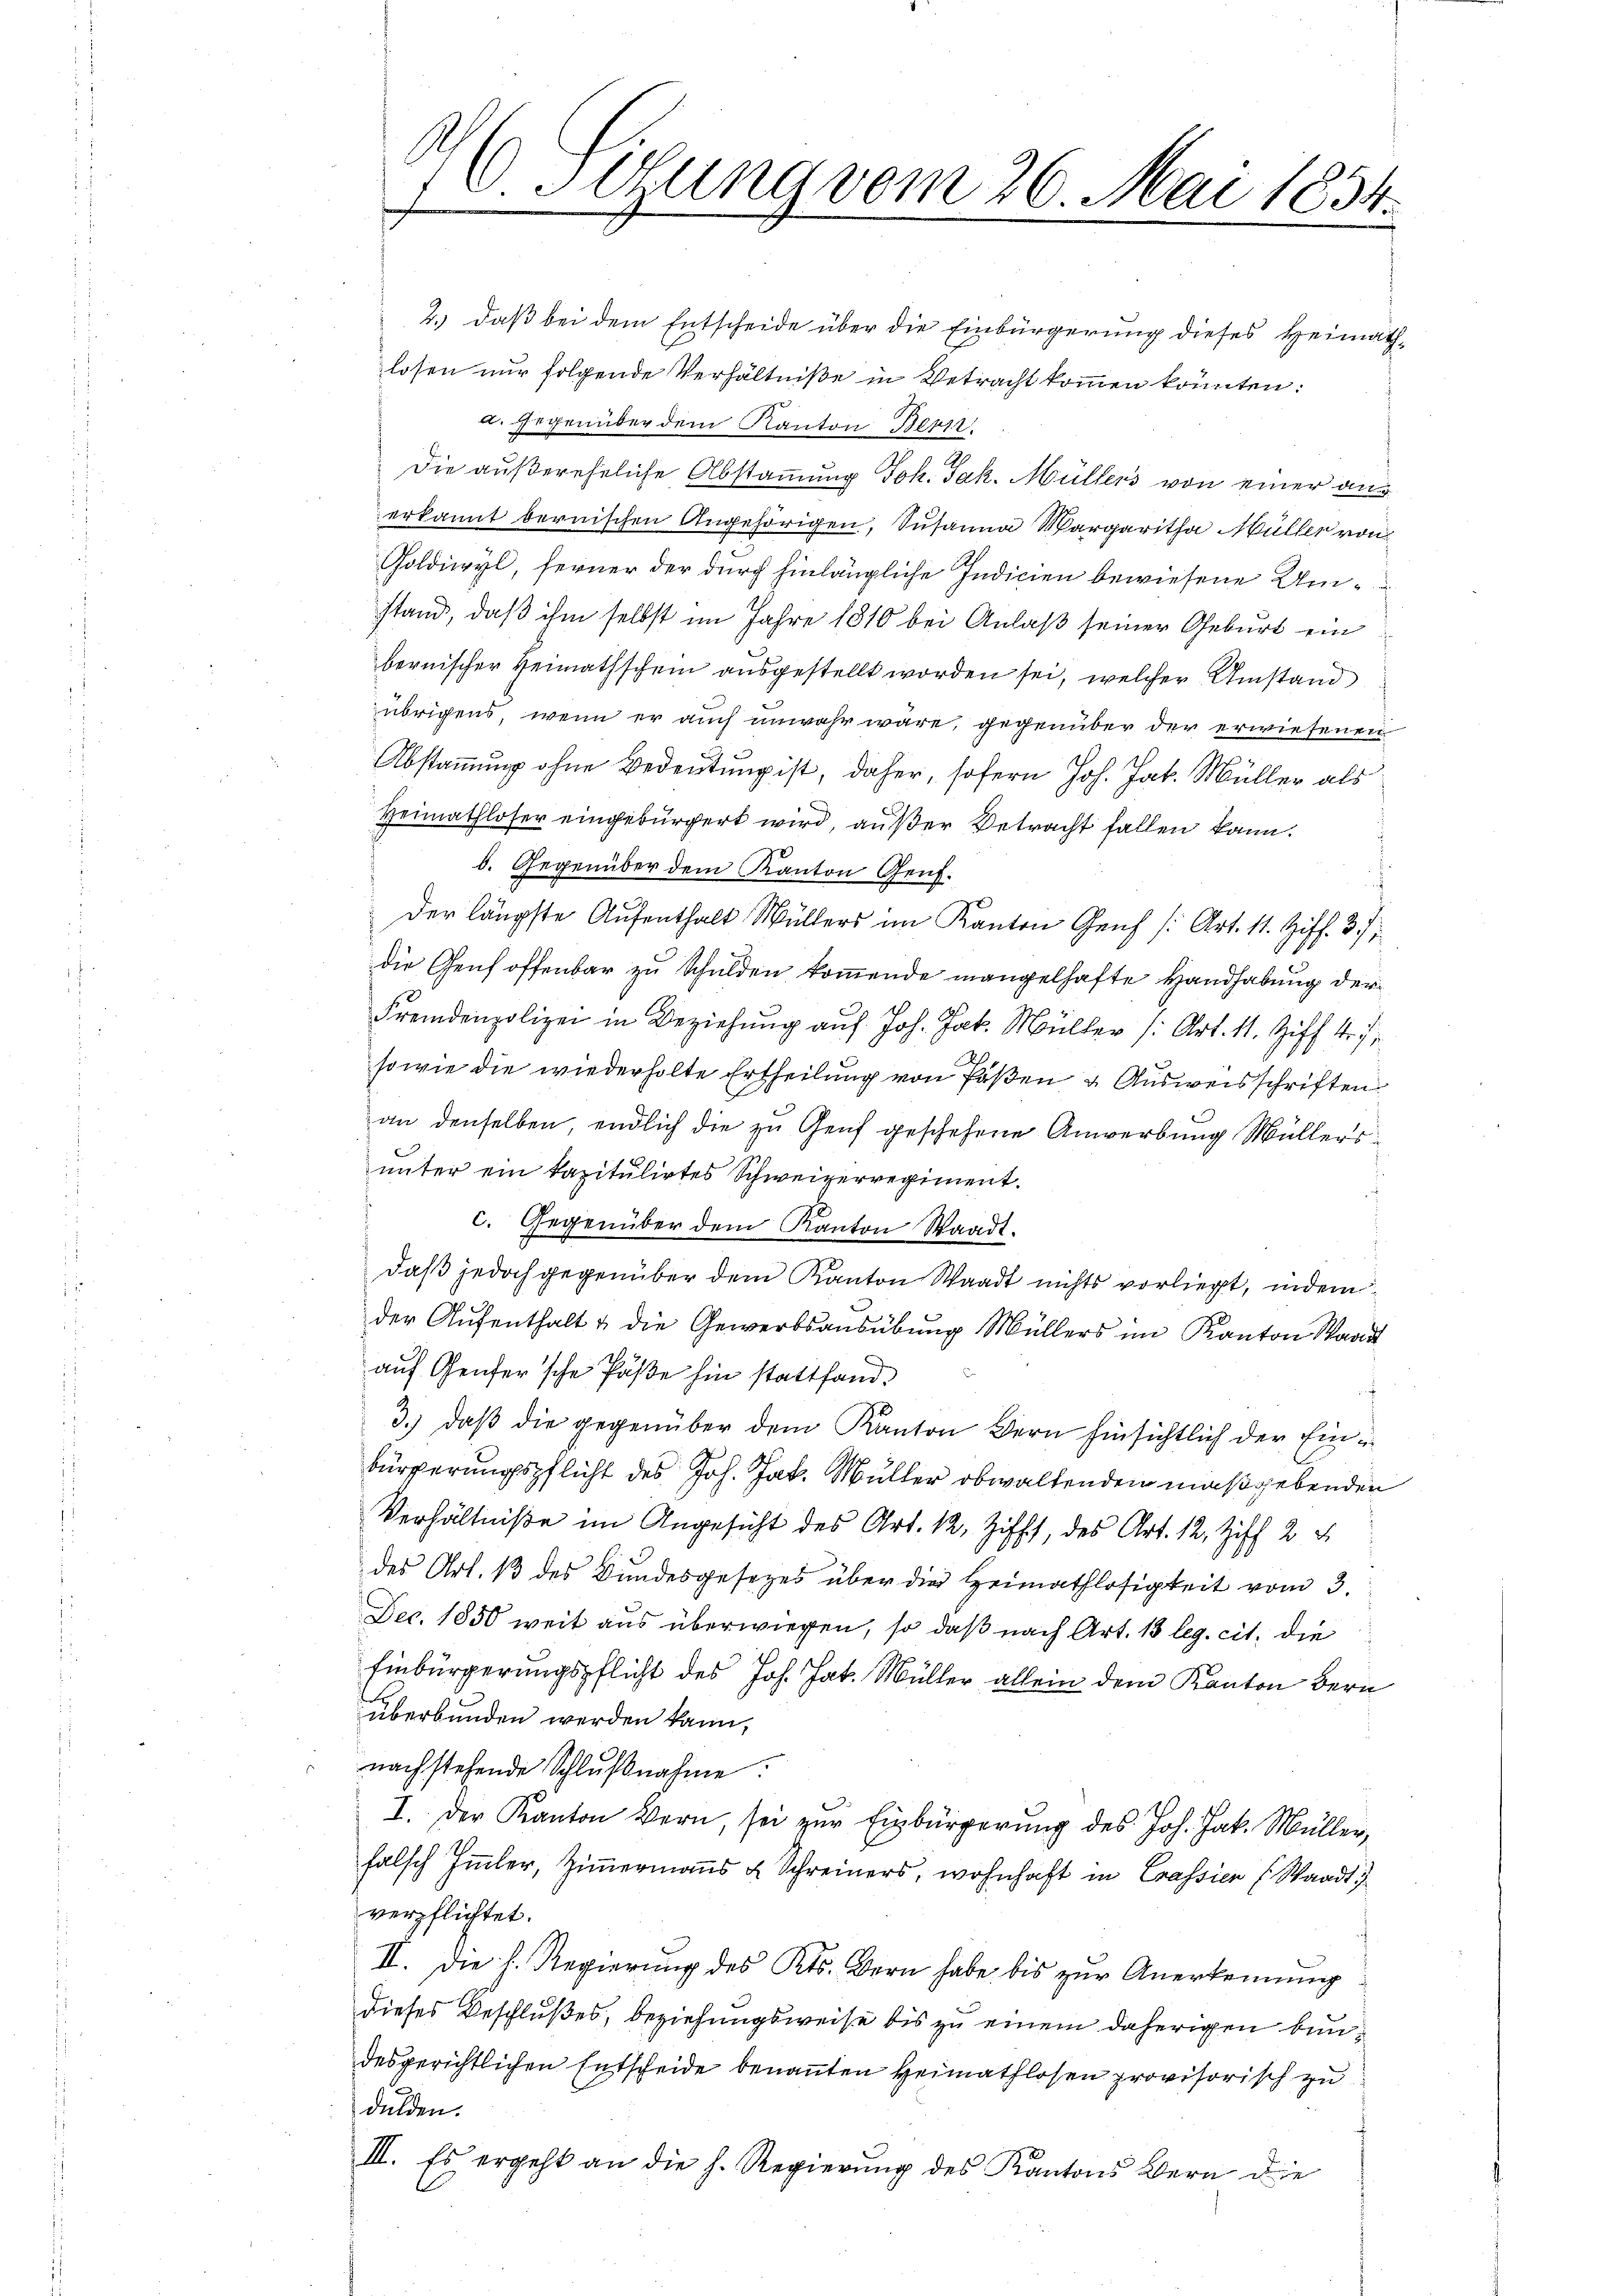
2.) daß bei dem Entscheide über die Einbürgerung dieses Heimathlosen nur folgende Verhältniße in Betracht kommen könnten:
a. Gegenüber dem Kanton Bern.
Die außereheliche Abstammung Joh. Jak. Müllers von einer an
erkannt bernischen Angehörigen, Susanna Margaritha Müller von
Goldiwyl, ferner der durch hinlängliche Indicien bewiesene Umstand, daß ihm selbst im Jahre 1810 bei Anlaß seiner Geburt ein
bernischer Heimathschein ausgestellt worden sei, welcher Umstand
übrigens, wenn er auch unwahr wäre, gegenüber der erwiesenen
Abstammung ohne Bedeutung ist, daher, sofern Joh. Jak. Müller als
Heimathloser eingebürgert wird, außer Betracht fallen kann.
b. Gegenüber dem Kanton Genf.
Der längste Aufenthalt Müllers im Kanton Genf [Art. 11. Ziff. 37,
die Genf offenbar zu Schulden kommende mangelhafte Handhabung der
Fremdenpolizei in Beziehung auf Joh. Jak. Müller (Art. 11. Ziff. 47
sowie die wiederholte Ertheilung von Paßen & Ausweisschriften
an denselben, endlich die zu Genf geschehene Anwerbung Müllers
unter ein kapitulirtes Schweizerregiment.
c. Gegenüber dem Kanton Waadt.
daß jedoch gegenüber dem Kanton Waadt nichts vorliegt, indem
der Aŭfenthalt & die Gewerbsaŭsübŭng Müllers im Kanton Waad
auf Genfer’sche Päße hin stattfand.
3.) daß die gegenüber dem Kanton dern hinsichtlich der Einbürgerungspflicht des Joh. Jak. Müller obwaltenden maßgebenden
Verhältniße im Angesicht des Art. 12, Zifft, des Art. 12, Ziff. 2 u
des Art. 13 des Bundesgesetzes über die Heimathlosigkeit vom 3.
Dec. 1850 weit aus überwiegen, so daß nach Art. 13 leg. cit. die
Einbürgerungspflicht des Joh. Jak. Müller allein dem Kanton Bern
überbunden werden kann,
nachstehende Schlŭβnahme:
I. Der Kanton Bern, sei zŭr Einbürgerung des Joh. Jak. Müller,
falsch Immler, Ziṁermaṅs u Schreiners, wohnhaft in Crassien (Waadt)
verpflichtet.
II. Die h. Regierung des Kts. Bern habe bis zur Anerkennung
dieses Beschlußes, beziehungsweise bis zu einem daherigen bundesgerichtlichen Entscheide benannten Heimathlosen provisorisch zu
dulden.
III. Es ergeht an die h. Regierŭng des Kantons Bern die

V. Sitzung vom 26. Mai 1834.